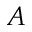
A